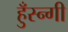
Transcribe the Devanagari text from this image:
हुँस्न्गी